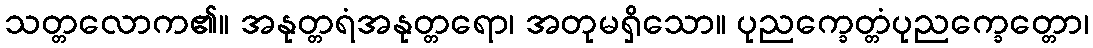
သတ္တလောက၏။ အနုတ္တရံအနုတ္တရော၊ အတုမရှိသော။ ပုညက္ခေတ္တံပုညက္ခေတ္တော၊